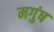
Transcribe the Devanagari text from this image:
मगुंष